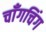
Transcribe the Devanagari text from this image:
चाँगचिंग